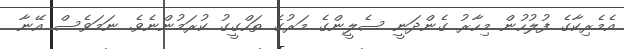
އެމެރިކާގެ ފުލުހުން މިހާރު ގެންދަނީ ސެލީންގެ މަރުގެ ތަހްގީގު ކުރަމުންނެވެ. ނަމަވެސް އޭނާ